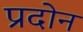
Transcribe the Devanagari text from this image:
प्रदोन